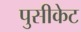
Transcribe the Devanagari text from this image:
पुसीकेट